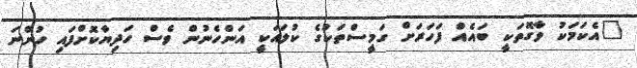
"އެކަމަކު ވާގޮތަކީ ބައެއް ފަހަރަށް ގަމީސްތަކުގެ ކުލައަކީ އަންހެނުން ވެސް ހަދިޔާކޮށްފައި ހުންނަ